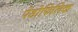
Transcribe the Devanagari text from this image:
पेडोफिलिक